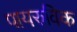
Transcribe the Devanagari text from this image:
पायरुविक